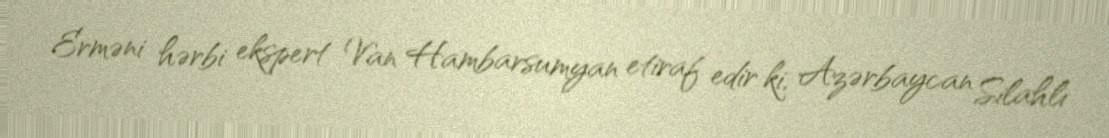
Erməni hərbi ekspert Van Hambarsumyan etiraf edir ki, Azərbaycan Silahlı